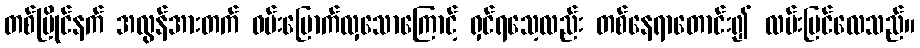
တစ်ပြိုင်နက် အလွန်အားတက် ဝမ်းမြောက်လှသောကြောင့် ရှင်ရသေ့လည်း တစ်နေရာတောင်း၍ လမ်းပြင်လေသည်။